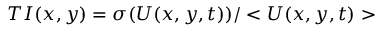
T I ( x , y ) = \sigma ( U ( x , y , t ) ) / < U ( x , y , t ) >